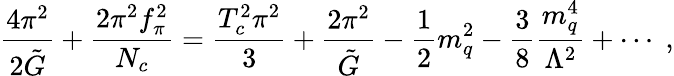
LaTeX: {\frac{4\pi^{2}}{2\tilde{G}}}+{\frac{2\pi^{2}f_{\pi}^{2}}{N_{c}}}={\frac{T_{c}^{2}\pi^{2}}{3}}+{\frac{2\pi^{2}}{\tilde{G}}}-{\frac{1}{2}}m_{q}^{2}-{\frac{3}{8}}{\frac{m_{q}^{4}}{\Lambda^{2}}}+\cdots\; ,